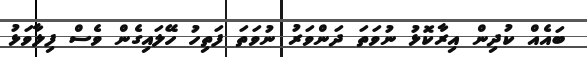
ބައެއް ކުދިން އިރާކޮޅު ނުވަތަ ދަންވަރު ނުވަތަ ފަތިހު ހޭލައިގެން ވެސް ފިލާވަޅު